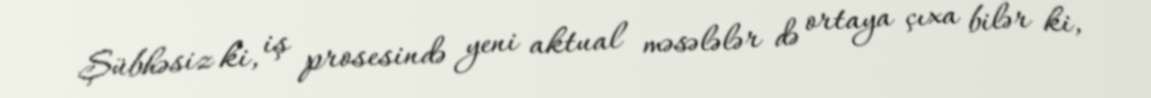
Şübhəsiz ki, iş prosesində yeni aktual məsələlər də ortaya çıxa bilər ki,